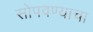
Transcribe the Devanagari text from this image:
सोपवण्याचा